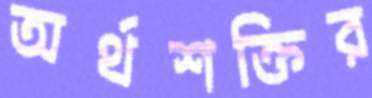
অর্থশক্তির